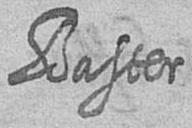
Baster